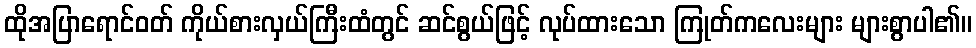
ထိုအပြာရောင်ဝတ် ကိုယ်စားလှယ်ကြီးထံတွင် ဆင်စွယ်ဖြင့် လုပ်ထားသော ကြုတ်ကလေးများ များစွာပါ၏။